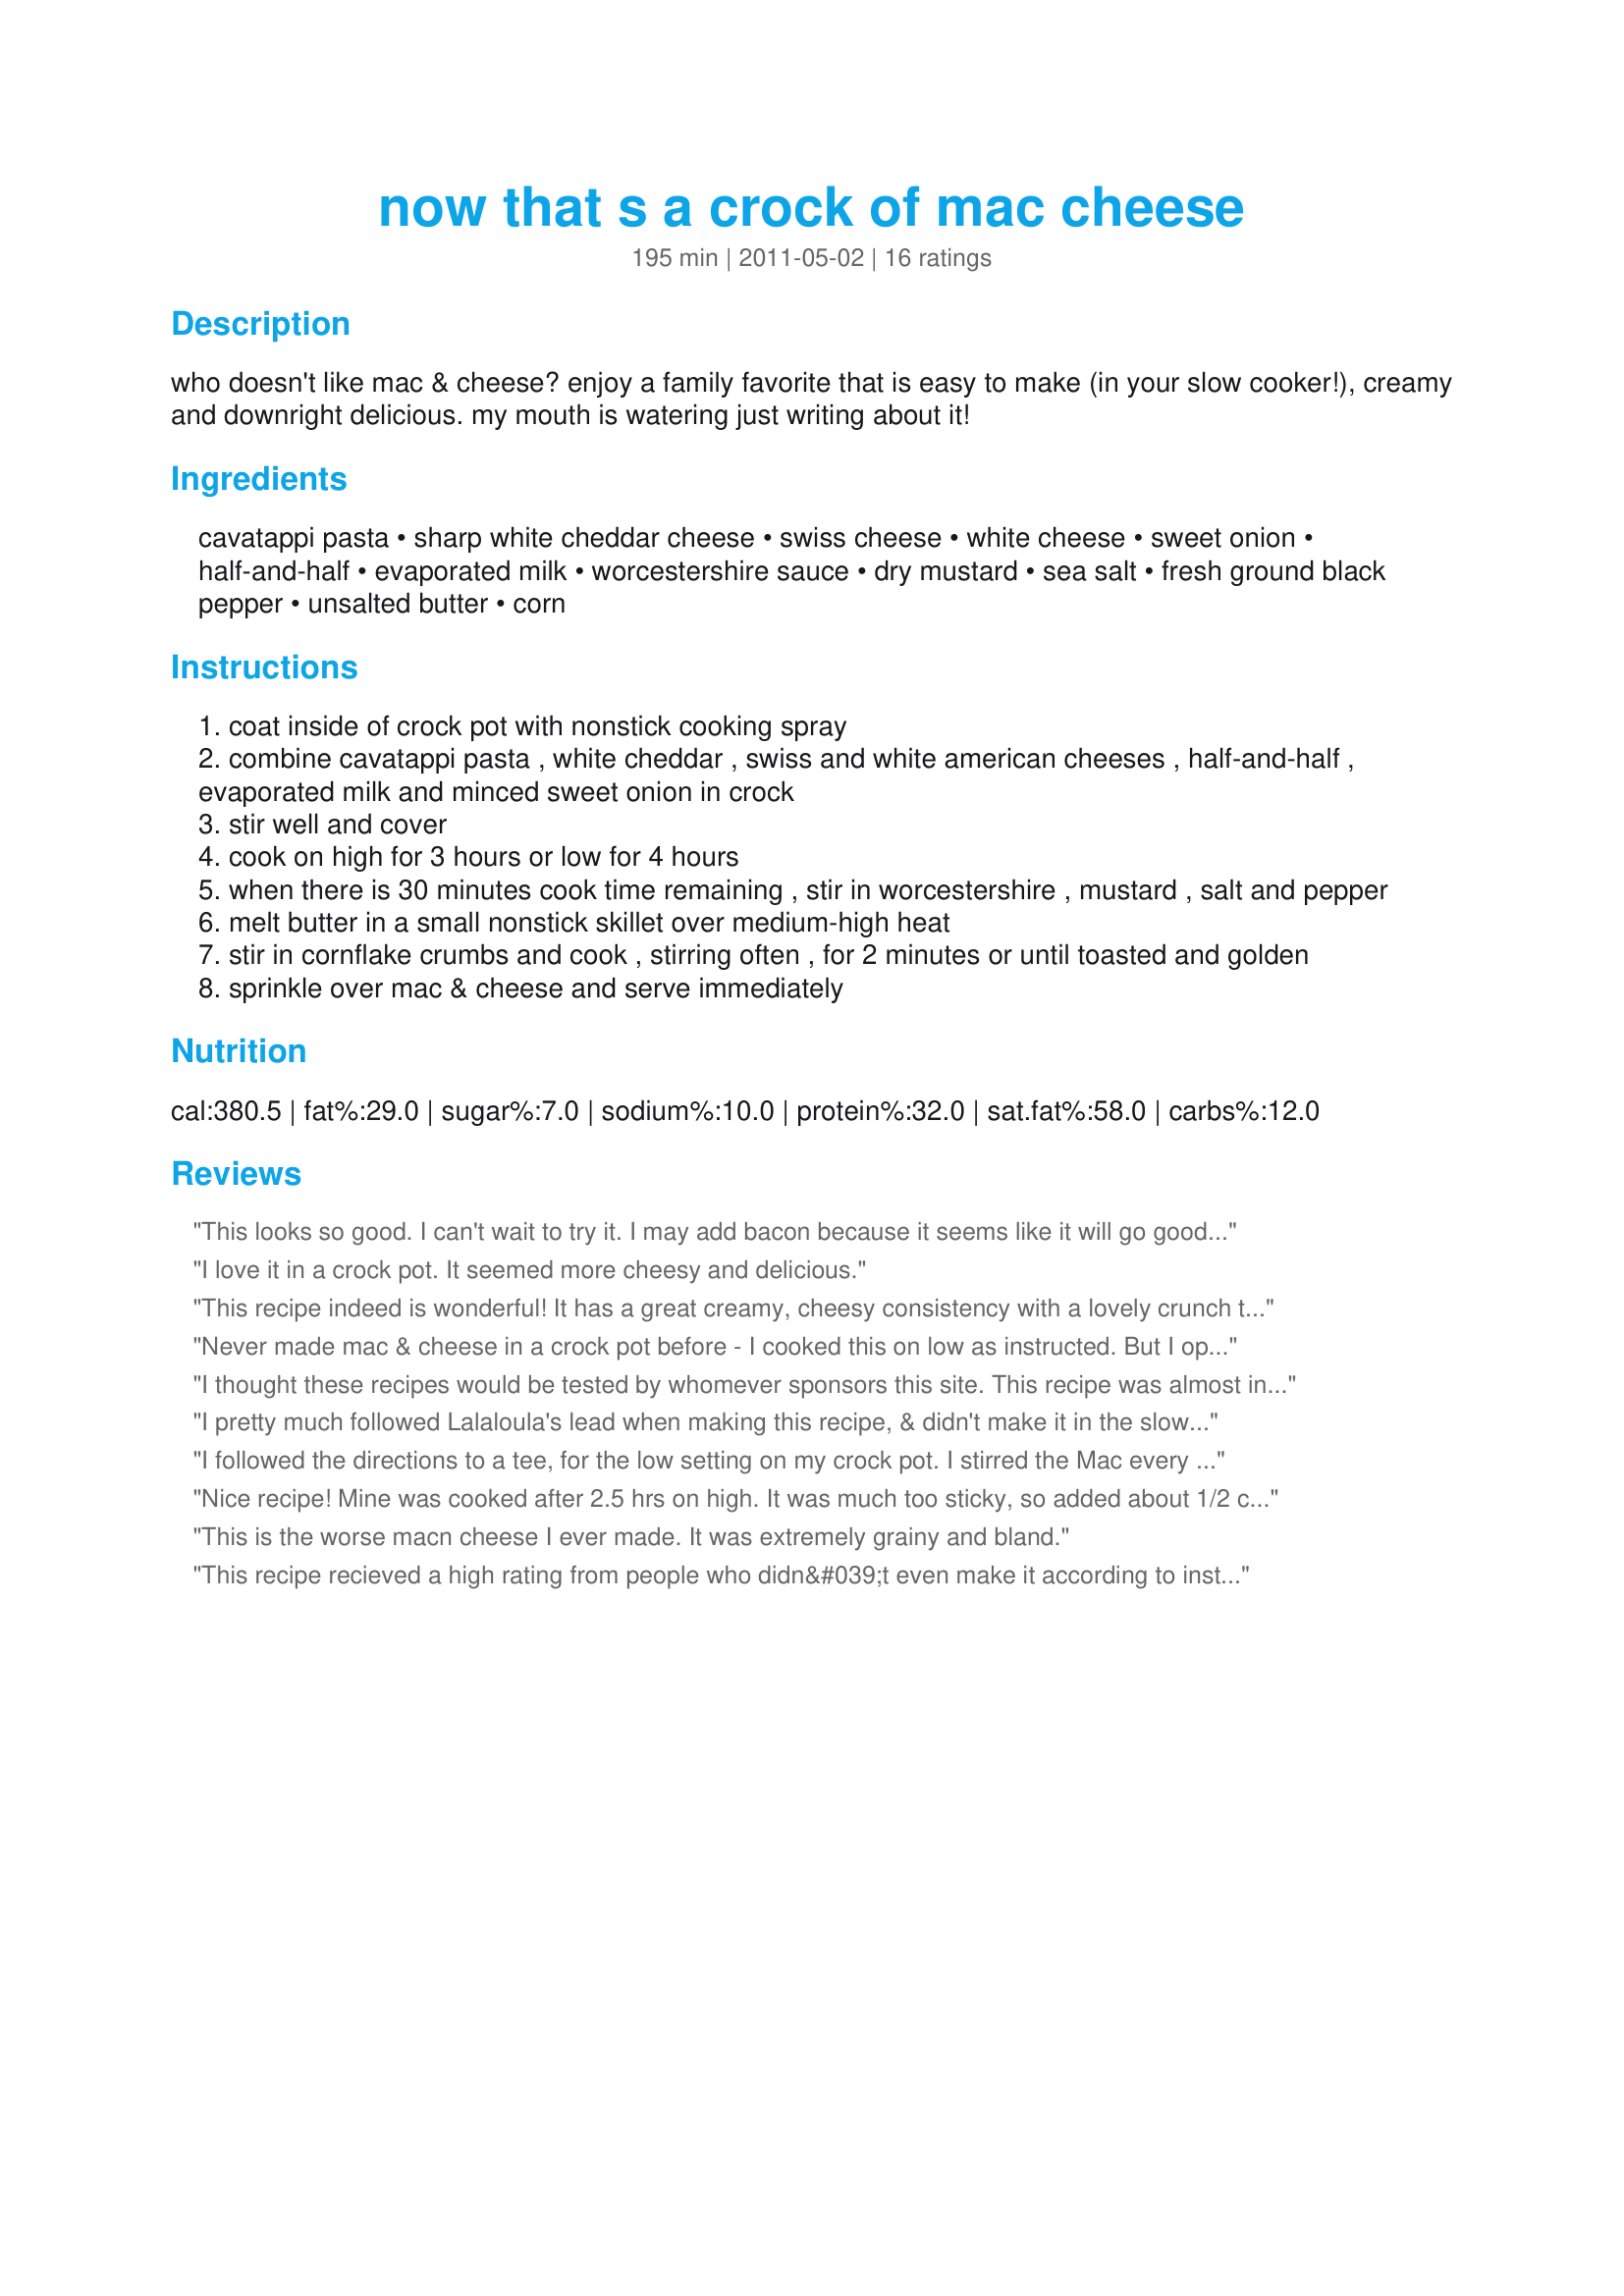
now that s a crock of mac cheese
Preparation time: 195 minutes

who doesn't like mac & cheese? enjoy a family favorite that is easy to make (in your slow cooker!), creamy and downright delicious. my mouth is watering just writing about it!

Ingredients:
cavatappi pasta, sharp white cheddar cheese, swiss cheese, white cheese, sweet onion, half-and-half, evaporated milk, worcestershire sauce, dry mustard, sea salt, fresh ground black pepper, unsalted butter, corn

Steps:
coat inside of crock pot with nonstick cooking spray
combine cavatappi pasta , white cheddar , swiss and white american cheeses , half-and-half , evaporated milk and minced sweet onion in crock
stir well and cover
cook on high for 3 hours or low for 4 hours
when there is 30 minutes cook time remaining , stir in worcestershire , mustard , salt and pepper
melt butter in a small nonstick skillet over medium-high heat
stir in cornflake crumbs and cook , stirring often , for 2 minutes or until toasted and golden
sprinkle over mac & cheese and serve immediately

Reviews:
This looks so good. I can't wait to try it. I may add bacon because it seems like it will go good with the crunch of the breadcrumbs. Awesome dish.
I love it in a crock pot. It seemed more cheesy and delicious.
This recipe indeed is wonderful! It has a great creamy, cheesy consistency with a lovely crunch to the top and the taste is just delish! YUM, everbody loved this! :)<br/>I dont own a crockpot, so I simply cooked my pasta on the stove-top and then added the sauce ingredients and the topping (which I had mixed in a bowl). I baked the casserole at 375°C for 25 minutes and it was perfectly done. The only thing I changed in order to accomodate this was to reduce the amounts of half and half and milk, cause my cooking time was way shorter. Not much hassle either.<br/>I enjoyed the addition of onion a lot, but would add more next time. Also I think some garlic powder would be great in this.<br/>THANK YOU SO MUCH for sharing a fantastic mac and cheese recipe, chef! Ill make this again and again.<br/>Made and reviewed for RSC #16 May 2011. Good Luck in the contest!
Never made mac & cheese in a crock pot before - I cooked this on low as instructed. But I opened it a few times and stirred it because the pasta on top wasn't cooking. The consistency when first served was a bit different but reheating it the next day improved the overall flavor and consistency.
I thought these recipes would be tested by whomever sponsors this site. This recipe was almost inedible. it was just a blob that had no flavor of a mac and cheese dish...pasta only got gooey cooked in the crock pot! Live and learn. The caloric content of a serving must be astronomical and the expense of the three cheeses doesn&#039;t warrant serving up such a mess! Sorry but the credibility of this site is down the tubes for me!
I pretty much followed Lalaloula's lead when making this recipe, & didn't make it in the slow cooker! Made this for a house-bound neighbor couple, & although I usually keep a bit for the 2 of us, this time I didn't, since the neighbors had a son, DIL & a couple of kids for the weekend! So, I relied on their feed-back to rate this recipe on taste & satisfaction, & all I got from them was GREAT! GREAT! WONDERFUL! OUTSTANDING! so I figured it went over pretty well! Thanks for sharing the recipe! [Made & reviewed in I Recommend recipe tag]
I followed the directions to a tee, for the low setting on my crock pot. I stirred the Mac every &lt;br/&gt;&lt;br/&gt;half hour to ensure the pasta was cooked evenly. The only addition I made was during the last &lt;br/&gt;&lt;br/&gt;hour of cooking, the Mac was simply to thick and sticky, so I added a quarter cup of milk, just &lt;br/&gt;&lt;br/&gt;enough to thin it out. The overall taste was good, it could have been a little cheesier (used &lt;br/&gt;&lt;br/&gt;exact cheeses and amounts). I liked the crunch from the Cornflakes. Consistency was to my &lt;br/&gt;&lt;br/&gt;liking, I prefer a thick Mac rather than it being creamy. The pasta was cooked perfectly for 4 &lt;br/&gt;&lt;br/&gt;hours, Cavatappi pasta is also my favorite. Would have given 3.5 stars if possible. I will &lt;br/&gt;&lt;br/&gt;consider making this again but I would add more cheese and milk, and less cornflakes. &lt;br/&gt;&lt;br/&gt;To conclude, the taste was good but it was lacking flavor.
Nice recipe! Mine was cooked after 2.5 hrs on high. It was much too sticky, so added about 1/2 cup milk to thin it out and then had too much sauce - so cooked up the remaining 6 oz of pasta left in the box (I purchased a 16oz box) and then threw it in with the rest of the mac n cheese in the crockpot which was perfect. Thanks for sharing! Great RSC recipe.
This is the worse macn cheese I ever made. It was extremely grainy and bland.
This recipe recieved a high rating from people who didn&#039;t even make it according to instuctions... don&#039;t be fooled like I was. Followed instructions exactly and this stuff is inedible! The pasta on top would have been an uncooked, dried-up mess had I not stired it (many times). I was tempted to add more liquid but resisted, I wanted to remain true with the instructions. My end result was like eating cheese curds... very dense, disgusting texture (the flavour was okay, thus one star) . This pasta was the most expensive on the shelf, almost 5 bucks for a 1# box, and when I figured in the other costly ingredients it was a VERY expensive failed experiment. I could think of no way to salvage this, so it went into the trash.
I have not made mac & cheese in the crock pot before and to be honest I doubt I'll do it again. While the taste was quite nice the texture was really not to our liking and the leftovers turned to mush. Perhaps my crock pot is hotter, I set it on low but the noodles were cooked in only 90 minutes but the cheese was not yet melted. I found I couldn't leave it for more than 15 minutes for stirring as well making it one that I wouldn't do if I was gone for a few hours. I would however make the cheese sauce again, which was very tasty, in the crock pot and cook the noodles separately. I'll try that at some point and come back with my results. Made for RSC #16. Best of luck!
this recipe was horrible. it tasted like old shoes
I followed directions exactly. Put on high for 3 hours. After 2 hours I shut it off. Cheese is a weird texture and looks like milk may have curdled? Maybe my crock is too hot. But didn&#039;t work for me :(
This was really good, and I loved the mixture of cheeses, along with the onion. The only problem that I had was that this really dried out quickly. I had to add quite a bit of extra milk, and it got kind of black around the edges.
I had never made mac & cheese in a crock before so this was a bit of new experience for me. I will try other mac and cheese recipes in the crock now :D. The taste was good but the texture left a bit to be desired. It was way too sticky, more like what you find on a pizza than in mac and cheese so I added some half and half to it, which helped. Maybe I should have added a bit more but I didnt want to make it soupy. The kids refused to eat it. They normally love mac and cheese. Made for RSC 16.
I'm a great lover of mac & cheese, so was very excited to try the crockpot version. I'm all for anything that saves time in the kitchen. Unfortunately, this didn't work out at all. Maybe I did something wrong, but I wonder if 'cooked' pasta had been used if it might have been better. I'm truly sorry I can't offer any 'stars', but thanks for putting in the time and effort, and good luck in the contest.
